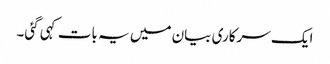
ایک سرکاری بیان میں یہ بات کہی گئی۔